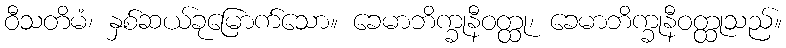
ဝီသတိမံ၊ နှစ်ဆယ်ခုမြောက်သော။ ခေမာဘိက္ခုနီဝတ္ထု၊ ခေမာဘိက္ခုနီဝတ္ထုသည်။